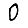
Digit: 0